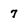
Character: 7